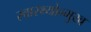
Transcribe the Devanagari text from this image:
स्वास्थ्योन्मुख